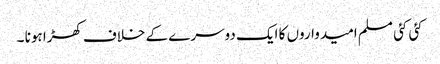
کئی کئی مسلم امیدواروں کا ایک دوسرے کے خلاف کھڑا ہونا ۔